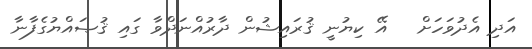
އަދި އެދުވަހަށް   އޭ ކިޔުނީ ޤުރައިޝުން ދާރުއްނަދްވާ ގައި ޤުޞައްޔުގެފާނާ